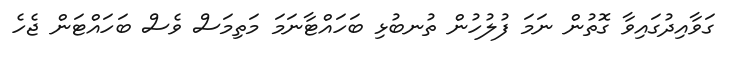
ގަވާއިދުގައިވާ ގޮތުން ނަމަ ފުލުހުން ތުނބުޅި ބަހައްޓާނަމަ މަތިމަސް ވެސް ބަހައްޓަން ޖެހެ